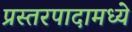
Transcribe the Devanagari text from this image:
प्रस्तरपादामध्ये